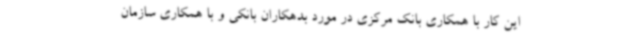
این کار با همکاری بانک مرکزی در مورد بدهکاران بانکی و با همکاری سازمان